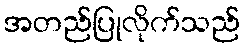
အတည်ပြုလိုက်သည်